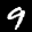
Label: 9